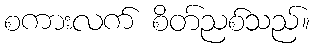
စကားလက် စိတ်ညစ်သည်။